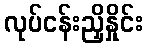
လုပ်ငန်းညှိနှိုင်း